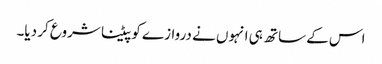
اس کے ساتھ ہی انہوں نے دروازے کو پیٹنا شروع کر دیا۔